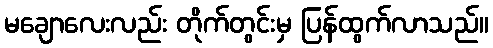
မချောလေးလည်း တိုက်တွင်းမှ ပြန်ထွက်လာသည်။